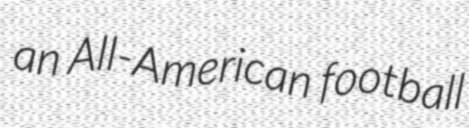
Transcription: an All-American football